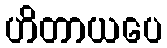
ဟိတာယပေ